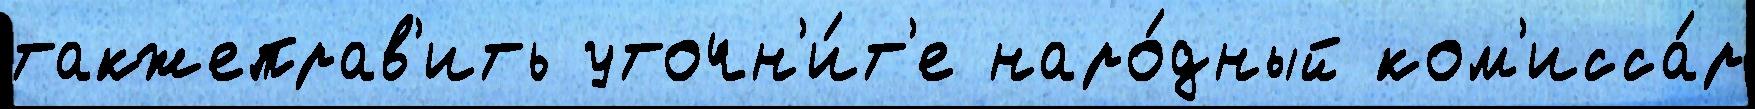
такжеправ'ить уточн'и́т'е наро́дный ком'исса́р